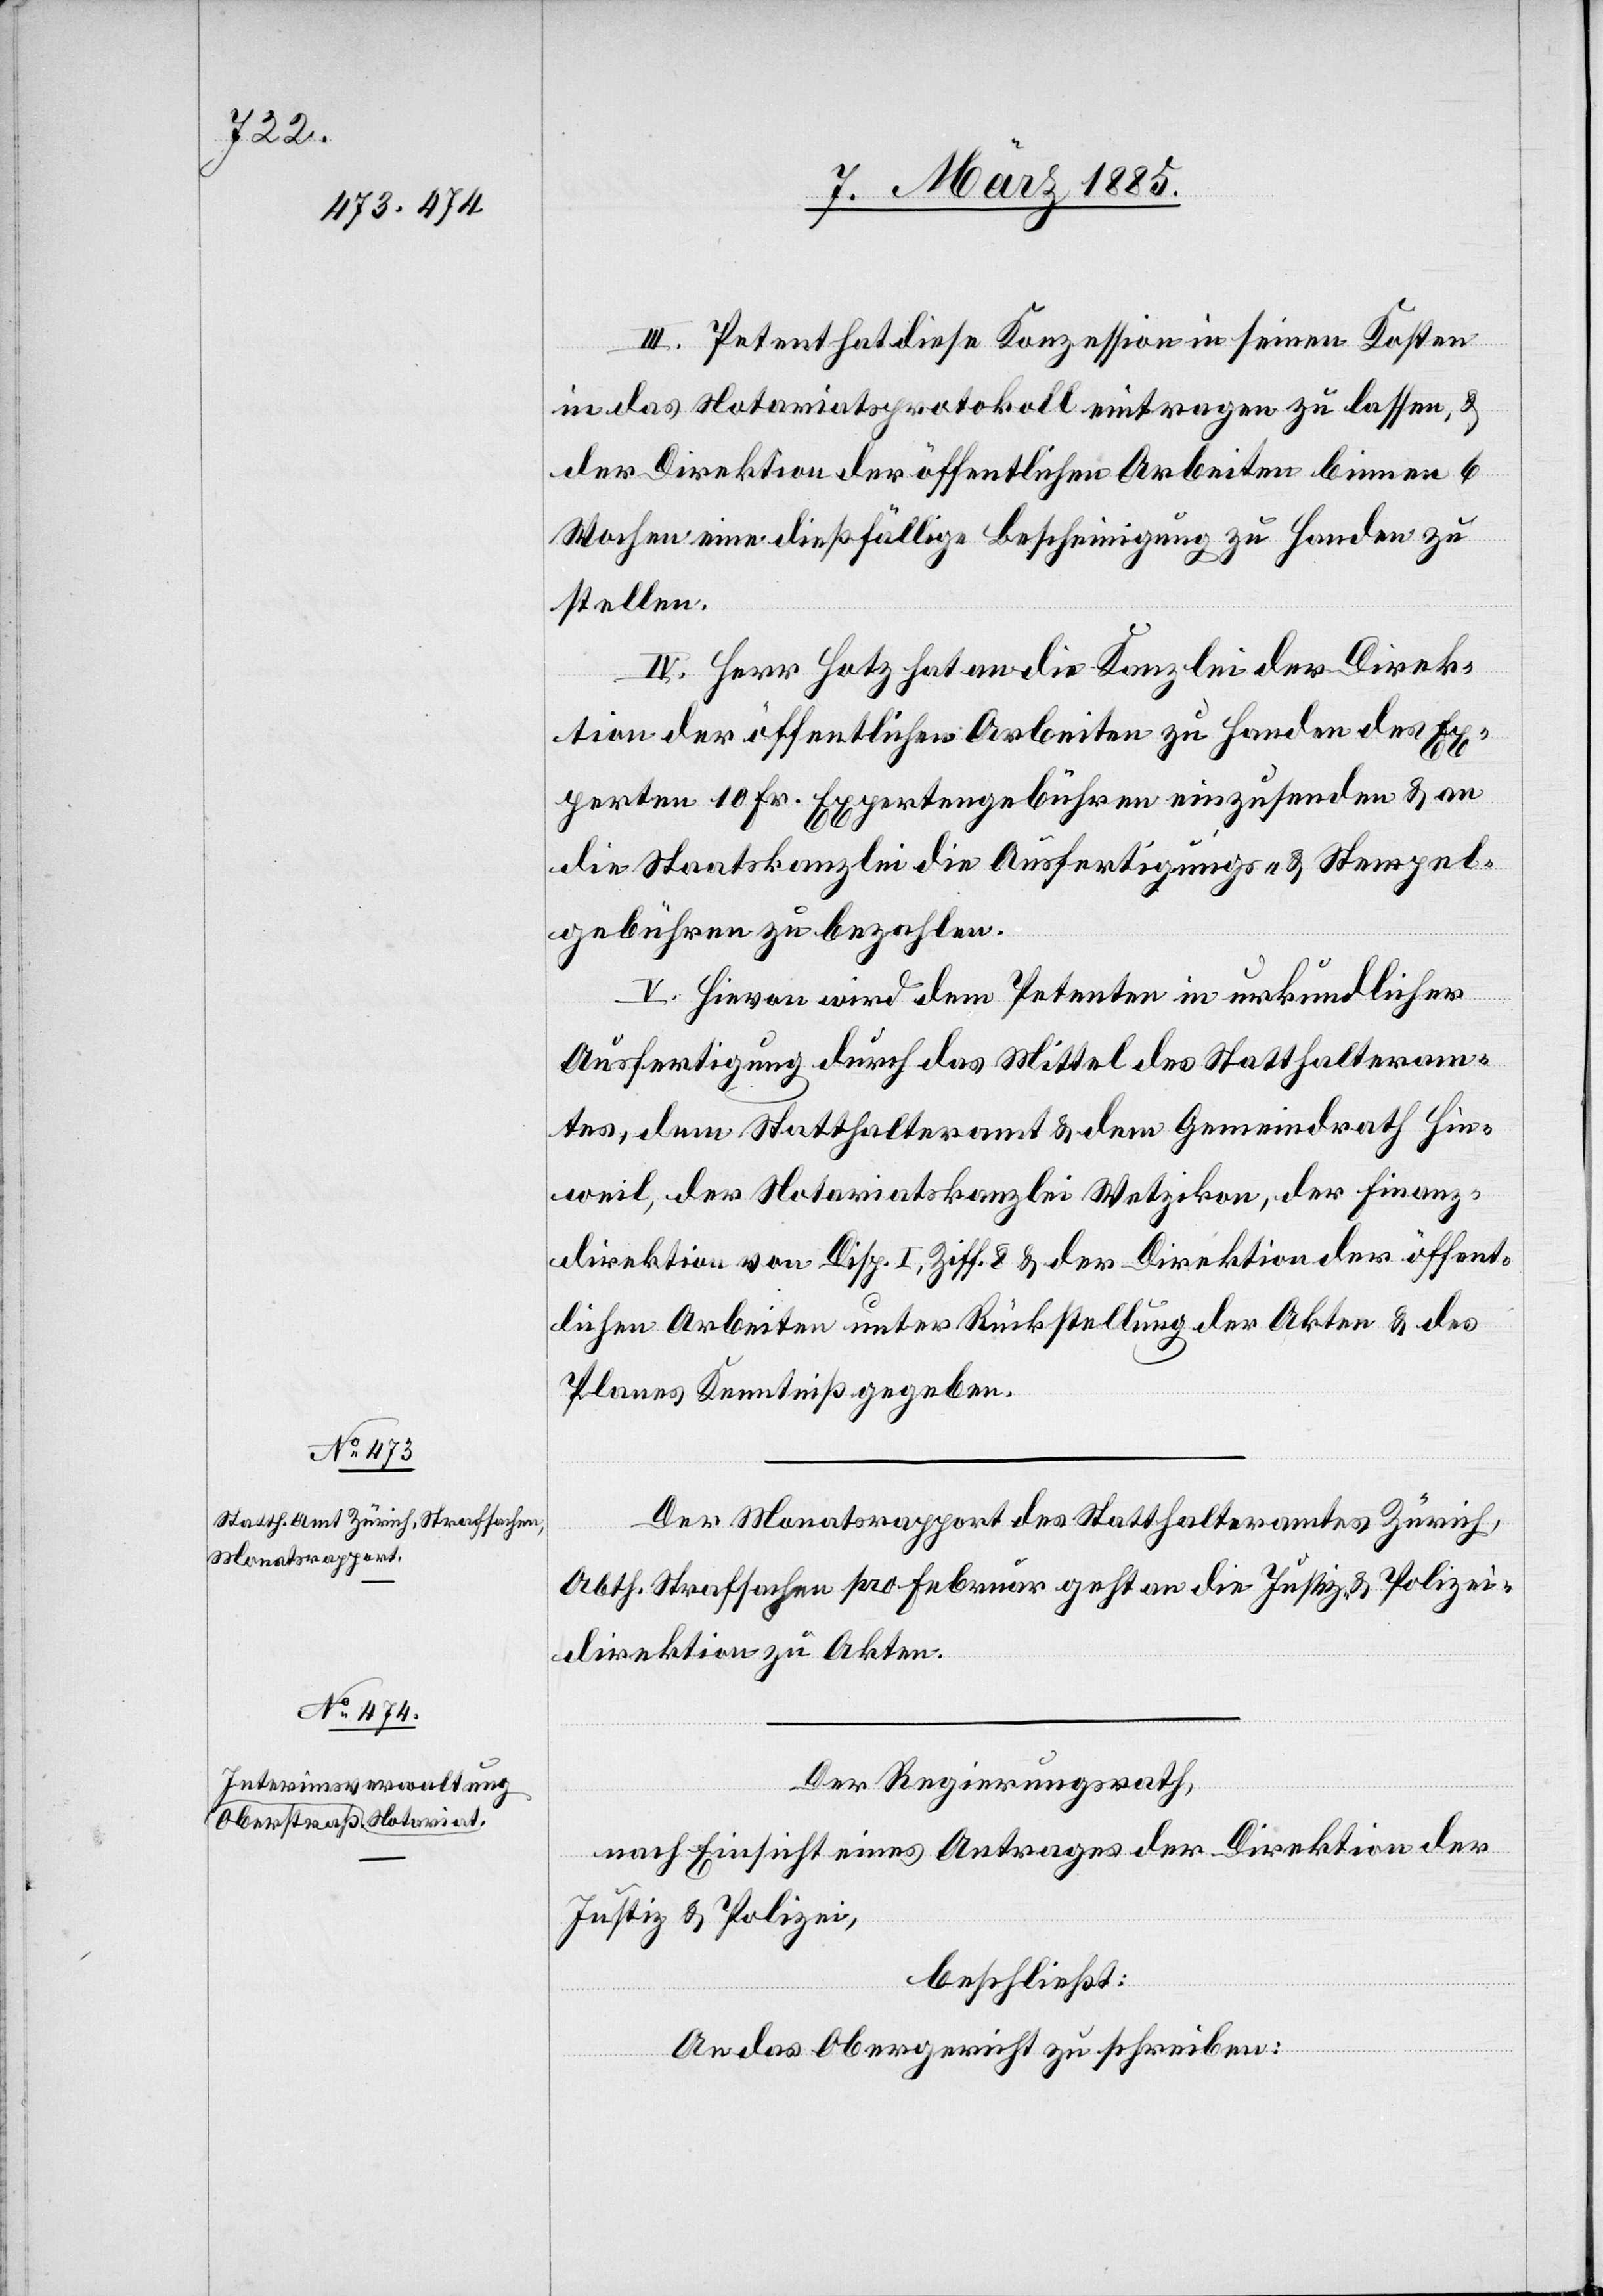
III. Petent hat diese Konzession in seinen Kosten
in das Notariatsprotokoll eintragen zu lassen, &
der Direktion der öffentlichen Arbeiten binnen 6
Wochen eine dießfällige Bescheinigung zu Handen zu
stellen.
IV. Herr Hotz hat an die Kanzlei der Direk¬
tion der öffentlichen Arbeiten zu Handen des Ex¬
perten 10 Fr. Expertengebühren einzusenden & an
die Staatskanzlei die Ausfertigungs- & Stempel¬
gebühren zu bezahlen.
V. Hievon wird dem Petenten in urkundlicher
Ausfertigung durch das Mittel des Statthalteram¬
tes, dem Statthalteramt & dem Gemeindrath Hin¬
weil, der Notariatskanzlei Wetzikon, der Finanz¬
direktion von Disp. I, Ziff. 8 & der Direktion der öffent¬
lichen Arbeiten unter Rückstellung der Akten & des
Planes Kenntniß zu geben
Der Monatsrapport des Statthalteramtes Zürich,
Abth. Strafsachen pro Februar geht an die Justiz- & Polizei¬
direktion zu Akten.
Der Regierungsrath,
nach Einsicht eines Antrages der Direktion der
Justiz & Polizei,
beschließt:
An das Obergericht zu schreiben: